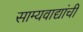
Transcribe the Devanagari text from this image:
साम्यवाद्यांची